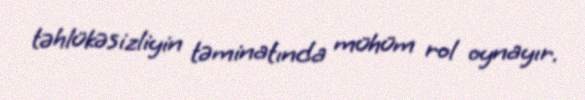
təhlükəsizliyin təminatında mühüm rol oynayır.